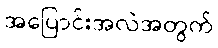
အပြောင်းအလဲအတွက်